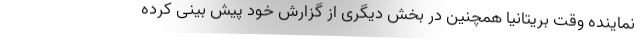
نماینده وقت بریتانیا همچنین در بخش دیگری از گزارش خود پیش بینی کرده